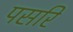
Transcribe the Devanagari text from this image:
पसरि